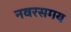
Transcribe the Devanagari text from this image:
नवरसमय